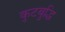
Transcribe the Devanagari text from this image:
कूटबुद्धि